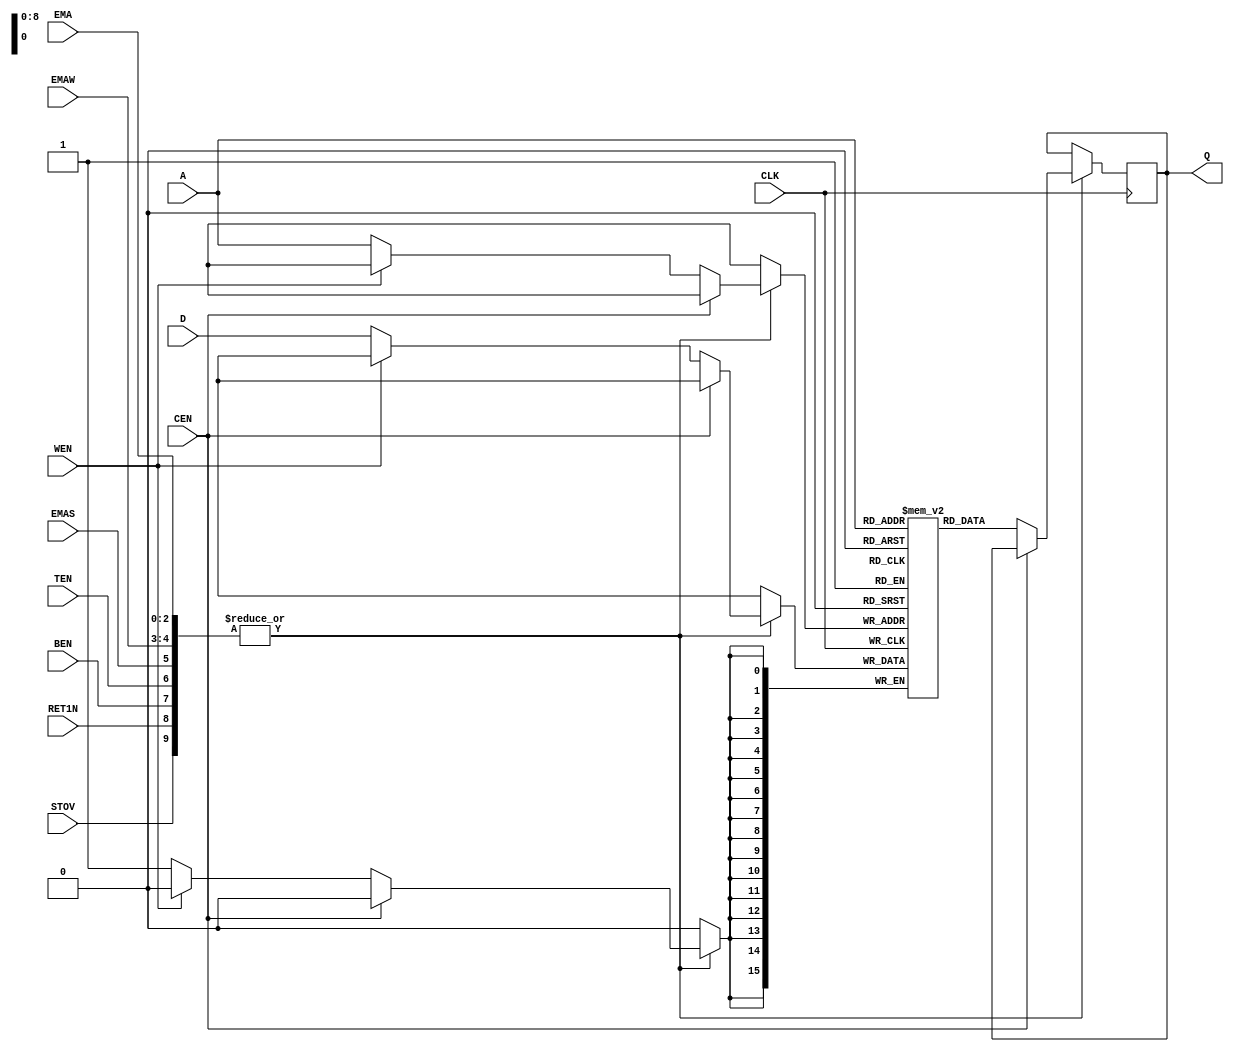
// sram_512w_16b mem_inst(
// .Q(data_out), 
// .CLK(clk),
// .CEN(~cen), 
// .WEN(~wen), 
// .A(addr), 
// .D(data_in), 
// .EMA(3'd0), 
// .EMAW(2'd0), 
// .EMAS(1'b0), 
// .TEN(1'b1),
// .BEN(1'b1),
// .RET1N(1'b1),
// .STOV(1'b0));

module sram_512w_16b (Q, CLK, CEN, WEN, A, D, EMA, EMAW, EMAS, TEN, BEN, RET1N, STOV);
   output reg [15:0] Q;
   input        CLK;
   input        CEN;
   input        WEN;
   input [8:0]  A;
   input [15:0] D;
   
   input [2:0]  EMA;
   input [1:0]  EMAW;
   input        EMAS;
   input        TEN;
   input        BEN;
   input        RET1N;
   input        STOV;
   
   reg [15:0]   data_array [0:511];

   always @(posedge CLK) begin

      // Use all the unused wires (note at least one of them must be nonzero!)
      if (| {EMA, EMAW, EMAS, TEN, BEN, RET1N, STOV}) begin
         if (CEN == 1'b0) begin                  // ACTIVE LOW!!
            Q = data_array[A];
            if (WEN == 1'b0) data_array[A] = D;  // ACTIVE LOW!!
         end
      end
   end
endmodule